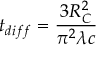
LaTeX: t _ { d i f f } = \frac { 3 R _ { C } ^ { 2 } } { \pi ^ { 2 } \lambda c }